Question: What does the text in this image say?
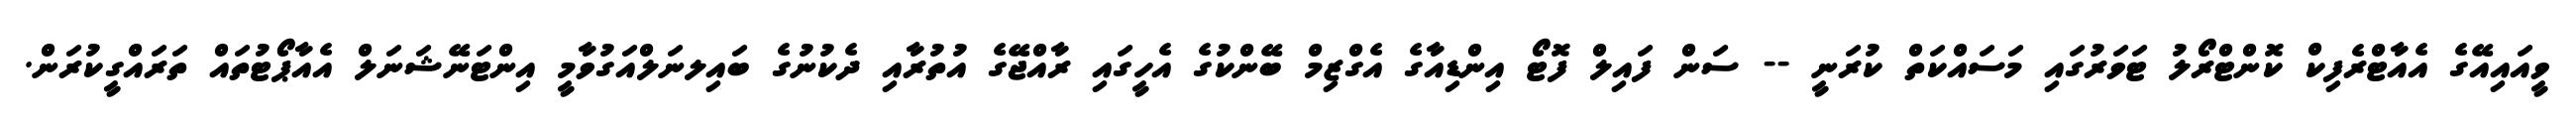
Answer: ވީއައިއޭގެ އެއާޓްރެފިކް ކޮންޓްރޯލު ޓަވަރުގައި މަސައްކަތް ކުރަނީ -- ސަން ފައިލް ފޮޓޯ އިންޑިއާގެ އެގްޒިމް ބޭންކުގެ އެހީގައި ރާއްޖޭގެ އުތުރާއި ދެކުނުގެ ބައިލނަލްއަގުވާމީ އިންޓަނޭޝަނަލް އެއާޕޯޓުތައް ތަރައްގީކުރަން.